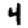
Digit: 4